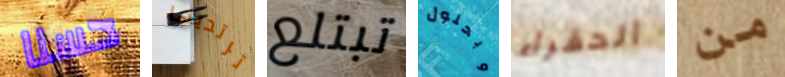
حسنا ترتديها تبتلع وبحلول الحقراء من